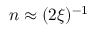
n \approx ( 2 \xi ) ^ { - 1 }